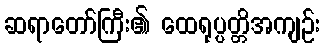
ဆရာတော်ကြီး၏ ထေရုပ္ပတ္တိအကျဉ်း